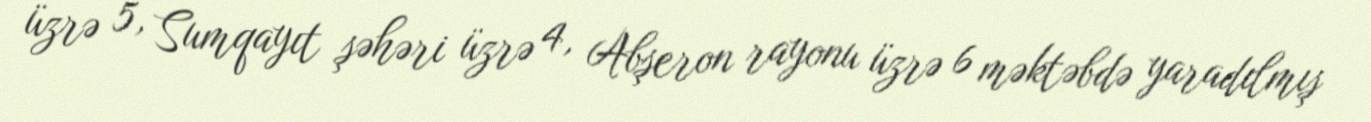
üzrə 5, Sumqayıt şəhəri üzrə 4, Abşeron rayonu üzrə 6 məktəbdə yaradılmış